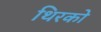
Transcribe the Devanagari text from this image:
थिरको